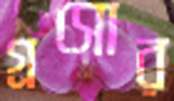
গ্রসোর